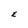
Character: E